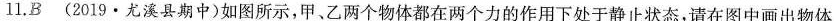
11.B (2019·尤溪县期中) 如图所示，甲、乙两个物体都在两个力的作用下处于静止状态，请在图中画出物体